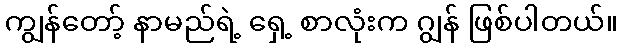
ကျွန်တော့် နာမည်ရဲ့ ရှေ့ စာလုံးက ဂျွန် ဖြစ်ပါတယ်။